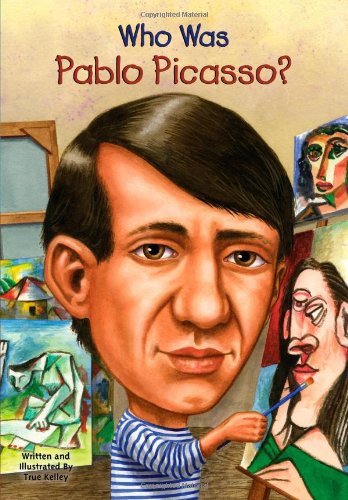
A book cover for Who Was Pablo Picasso?; True Kelley; Children's Books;